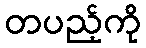
တပည့်ကို